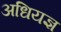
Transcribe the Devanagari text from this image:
अधियज्ञ